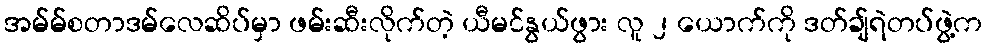
အမ်မ်စတာဒမ်လေဆိပ်မှာ ဖမ်းဆီးလိုက်တဲ့ ယီမင်နွယ်ဖွား လူ ၂ ယောက်ကို ဒတ်ချ်ရဲတပ်ဖွဲ့က